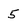
Character: 5